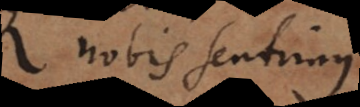
nobis sentimus